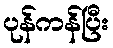
ပုန်ကန်ပြီး